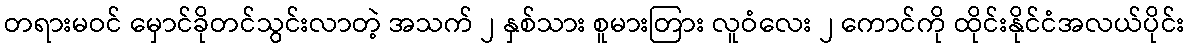
တရားမဝင် မှောင်ခိုတင်သွင်းလာတဲ့ အသက် ၂ နှစ်သား စူမားတြား လူဝံလေး ၂ ကောင်ကို ထိုင်းနိုင်ငံအလယ်ပိုင်း